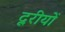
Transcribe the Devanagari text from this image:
दूरीयों